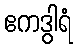
ဧကဒွါရံ